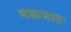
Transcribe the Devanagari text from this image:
थळघाट